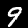
Digit: 9